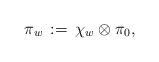
LaTeX: \begin{align*} \pi_w \, := \, \chi_w \otimes \pi_0 , \end{align*}